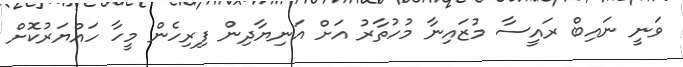
ވަނީ ނައިބް ރައީސާ މުޒައިނާ މުހުތާރު އަށް އަނިޔާދިން ފިރިހެން މީހާ ހައްޔަރުކޮށް